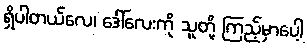
ရှိပါတယ်လေ၊ ဒေါ်လေးကို သူတို့ ကြည့်မှာပေါ့